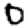
Digit: 0